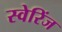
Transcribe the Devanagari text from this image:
स्वेरिंज